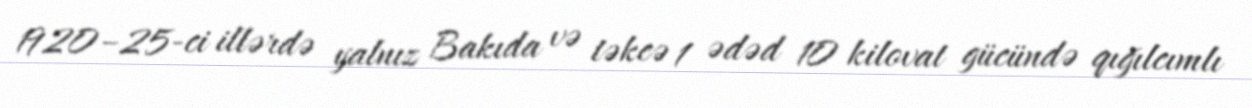
1920–25-ci illərdə yalnız Bakıda və təkcə 1 ədəd 10 kilovat gücündə qığılcımlı